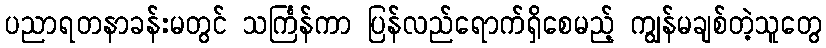
ပညာရတနာခန်းမတွင် သင်္ကြန်ကာ ပြန်လည်ရောက်ရှိစေမည့် ကျွန်မချစ်တဲ့သူတွေ